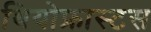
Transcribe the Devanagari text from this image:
थियोफ्रास्टस